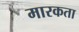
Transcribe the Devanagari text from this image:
मारकता